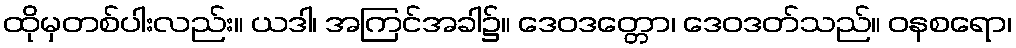
ထိုမှတစ်ပါးလည်း။ ယဒါ၊ အကြင်အခါ၌။ ဒေဝဒတ္တော၊ ဒေဝဒတ်သည်။ ဝနစရော၊